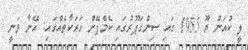
ލީ ކުއަން ޔޫ 1955 ގައި ސިންގަޕޫރުގައި ކެމްޕޭން ހަރަކާތެއްގައި: އޭނާ ވަނީ